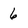
Character: 6